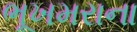
ભૂખમરાના